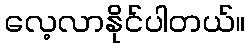
လေ့လာနိုင်ပါတယ်။